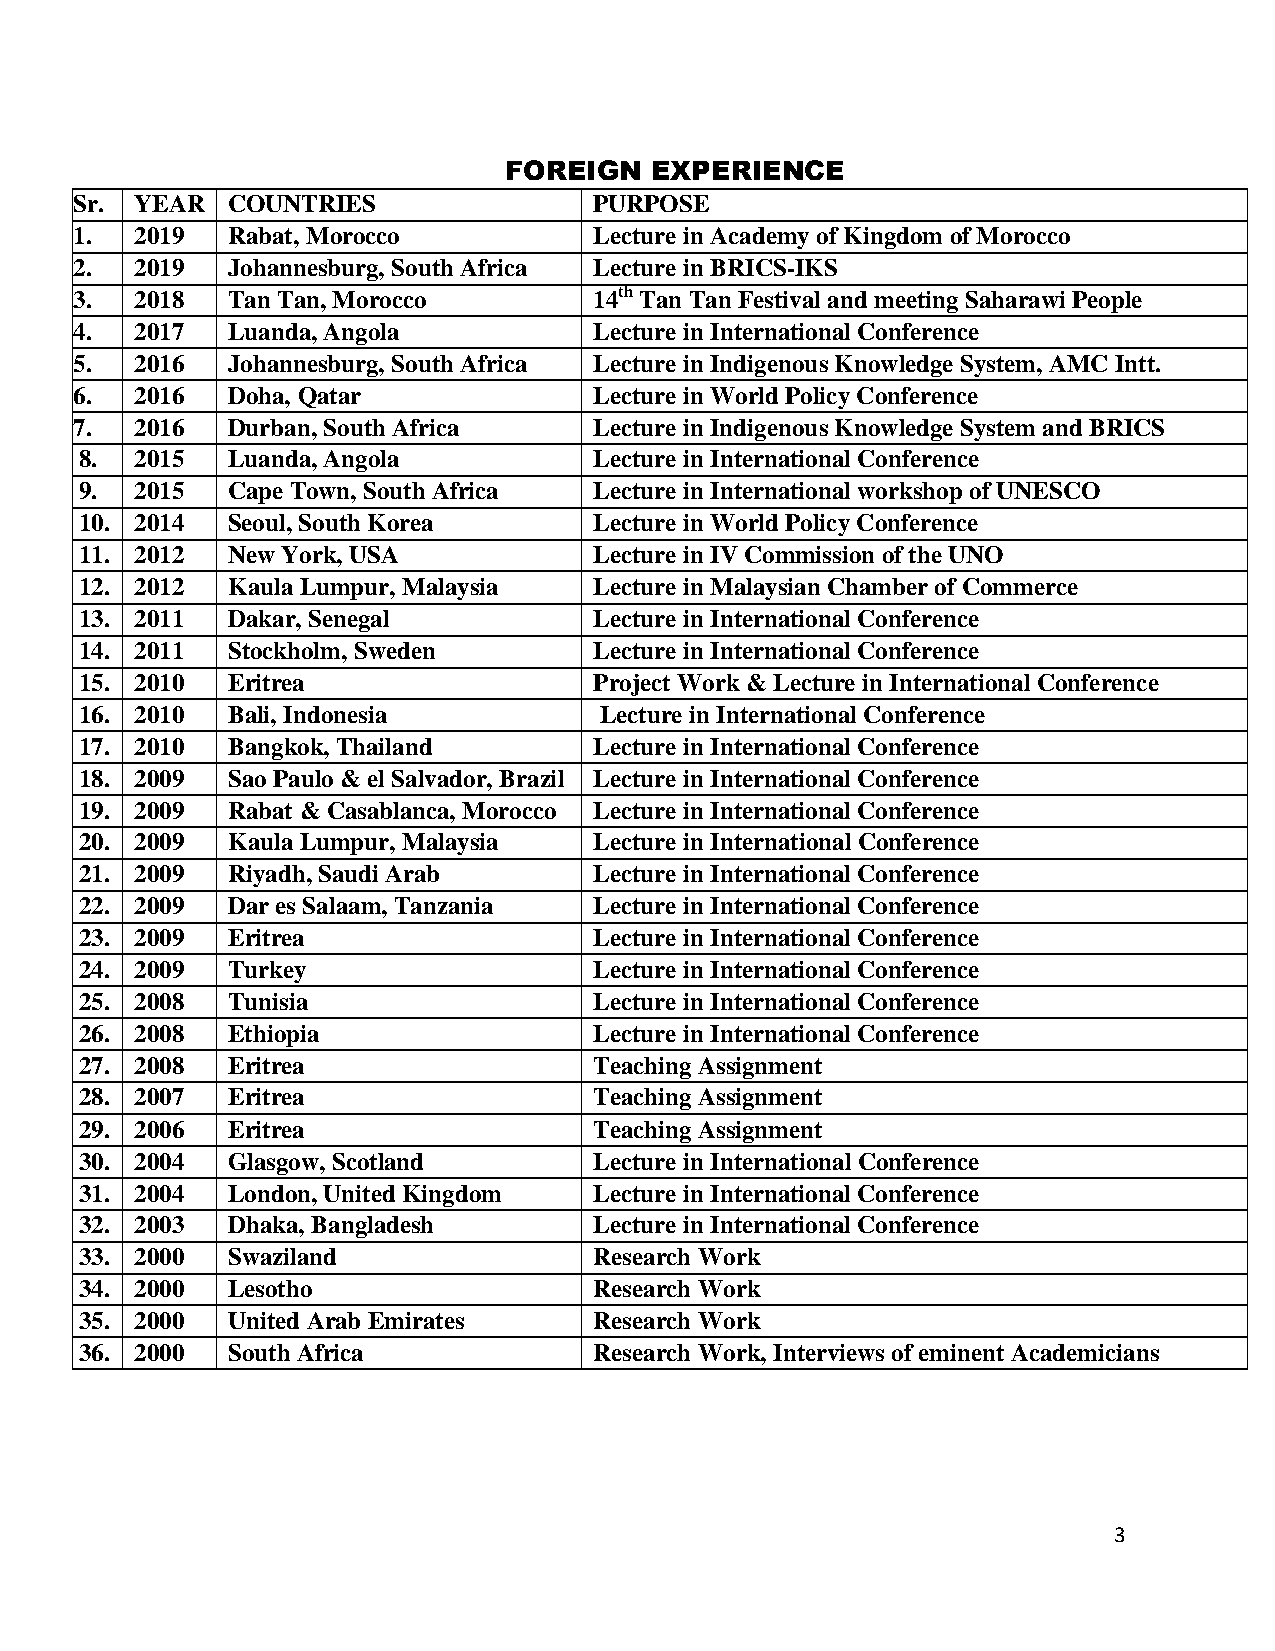
FOREIGN   EXPERIENCE
 Sr. YEAR  COUNTRIES               PURPOSE
 1.  2019  Rabat, Morocco          Lecture in Academy of Kingdom of Morocco
 2.  2019  Johannesburg, South Africa Lecture in BRICS-IKS
 3.  2018  Tan Tan, Morocco        14th Tan Tan Festival and meeting Saharawi People
 4.  2017  Luanda, Angola          Lecture in International Conference
 5.  2016  Johannesburg, South Africa Lecture in Indigenous Knowledge System, AMC Intt.
 6.  2016  Doha, Qatar             Lecture in World Policy Conference
 7.  2016  Durban, South Africa    Lecture in Indigenous Knowledge System and BRICS
 8.  2015  Luanda, Angola          Lecture in International Conference
 9.  2015  Cape Town, South Africa Lecture in International workshop of UNESCO
 10. 2014  Seoul, South Korea      Lecture in World Policy Conference
 11. 2012  New York, USA           Lecture in IV Commission of the UNO
 12. 2012  Kaula Lumpur, Malaysia  Lecture in Malaysian Chamber of Commerce
 13. 2011  Dakar, Senegal          Lecture in International Conference
 14. 2011  Stockholm, Sweden       Lecture in International Conference
 15. 2010  Eritrea                 Project Work & Lecture in International Conference
 16. 2010  Bali, Indonesia          Lecture in International Conference
 17. 2010  Bangkok, Thailand       Lecture in International Conference
 18. 2009  Sao Paulo & el Salvador, Brazil Lecture in International Conference
 19. 2009  Rabat & Casablanca, Morocco Lecture in International Conference
 20. 2009  Kaula Lumpur, Malaysia  Lecture in International Conference
 21. 2009  Riyadh, Saudi Arab      Lecture in International Conference
 22. 2009  Dar es Salaam, Tanzania Lecture in International Conference
 23. 2009  Eritrea                 Lecture in International Conference
 24. 2009  Turkey                  Lecture in International Conference
 25. 2008  Tunisia                 Lecture in International Conference
 26. 2008  Ethiopia                Lecture in International Conference
 27. 2008  Eritrea                 Teaching Assignment
 28. 2007  Eritrea                 Teaching Assignment
 29. 2006  Eritrea                 Teaching Assignment
 30. 2004  Glasgow, Scotland       Lecture in International Conference
 31. 2004  London, United Kingdom  Lecture in International Conference
 32. 2003  Dhaka, Bangladesh       Lecture in International Conference
 33. 2000  Swaziland               Research Work
 34. 2000  Lesotho                 Research Work
 35. 2000  United Arab Emirates    Research Work
 36. 2000  South Africa            Research Work, Interviews of eminent Academicians
 3